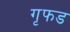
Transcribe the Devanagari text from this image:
गृफड